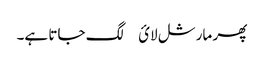
پھر مارشل لائ￿ لگ جاتا ہے۔